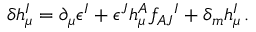
\delta h _ { \mu } ^ { I } = \partial _ { \mu } \epsilon ^ { I } + \epsilon ^ { J } h _ { \mu } ^ { A } f _ { A J } { } ^ { I } + \delta _ { m } h _ { \mu } ^ { I } \, .